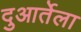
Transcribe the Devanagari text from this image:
दुआर्तेला